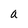
Character: a